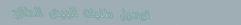
توصيل طلبات البيض الطازج